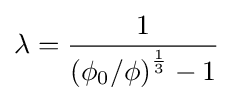
\lambda ={\frac {1}{\left(\phi _{0}/\phi \right)^{\frac {1}{3}}-1}}